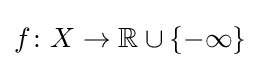
f\colon X\to {\mathbb {R} }\cup \{-\infty \}